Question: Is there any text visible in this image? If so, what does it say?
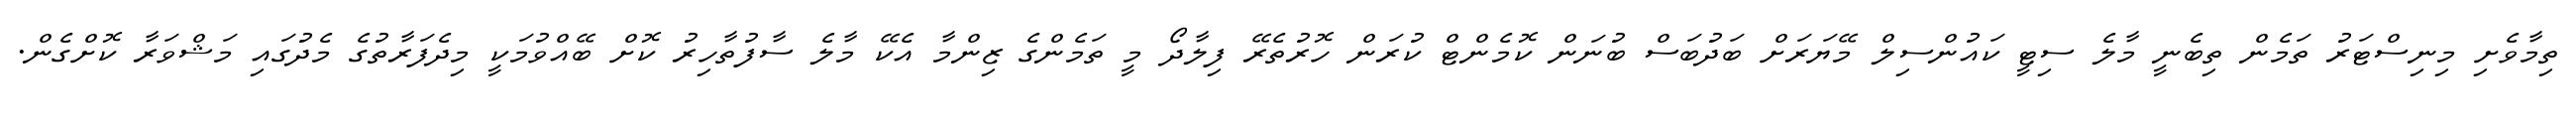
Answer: ތިމާވެށި މިނިސްޓަރު ތަމެން ތިބެނީ މާލެ ސިޓީ ކައުންސިލް މޭޔަރަށް ބަދުބަސް ބުނަން ކޮމެންޓް ކުރަން ހޮރުތެރޭ ފިލާދޯ މީ ތަމެންގެ ޒިންމާ އެކޭ މާލެ ސާފުތާހިރު ކޮށް ބޭއްވުމަކީ މިދެފަރާތުގެ މެދުގައި މަޝްވަރާ ކޮށްގެން.